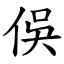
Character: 俁